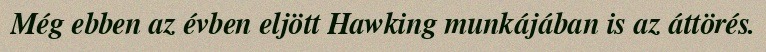
Még ebben az évben eljött Hawking munkájában is az áttörés.